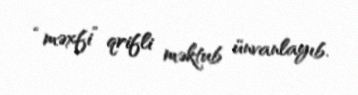
“məxfi” qrifli məktub ünvanlayıb.